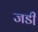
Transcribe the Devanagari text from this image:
जडी़